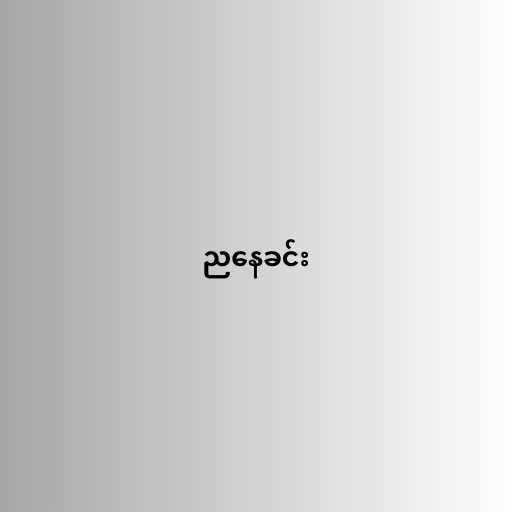
ညနေခင်း